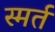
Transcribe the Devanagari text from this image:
स्मर्त